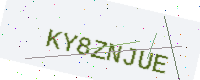
Text: KY8ZNJUE